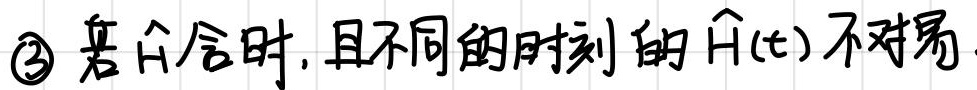
\textcircled{3} 若 $\hat{H}$ 含时，且不同的时刻的 $\hat{H}(t)$ 不对易.